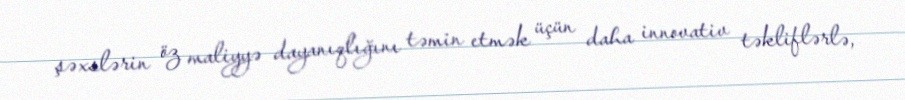
şəxslərin öz maliyyə dayanıqlığını təmin etmək üçün daha innovativ təkliflərlə,